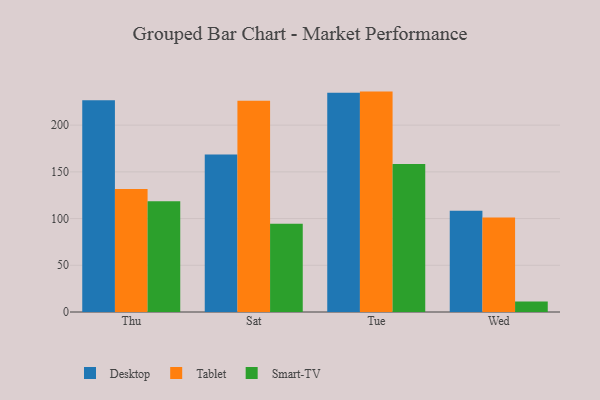
{"axis": {"x": "Day", "y": "Production Output"}, "legend": ["Desktop", "Smart-TV", "Tablet"], "data": [{"x": "Thu", "y": 226.7, "type": "Desktop"}, {"x": "Thu", "y": 131.6, "type": "Tablet"}, {"x": "Thu", "y": 118.5, "type": "Smart-TV"}, {"x": "Sat", "y": 168.6, "type": "Desktop"}, {"x": "Sat", "y": 226.2, "type": "Tablet"}, {"x": "Sat", "y": 94.5, "type": "Smart-TV"}, {"x": "Tue", "y": 234.8, "type": "Desktop"}, {"x": "Tue", "y": 235.9, "type": "Tablet"}, {"x": "Tue", "y": 158.5, "type": "Smart-TV"}, {"x": "Wed", "y": 108.5, "type": "Desktop"}, {"x": "Wed", "y": 101.1, "type": "Tablet"}, {"x": "Wed", "y": 11.2, "type": "Smart-TV"}]}